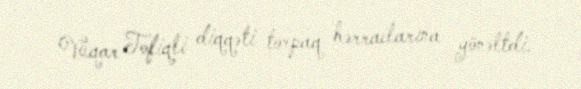
Vüqar Tofiqli diqqəti torpaq hərraclarına yönəltdi.